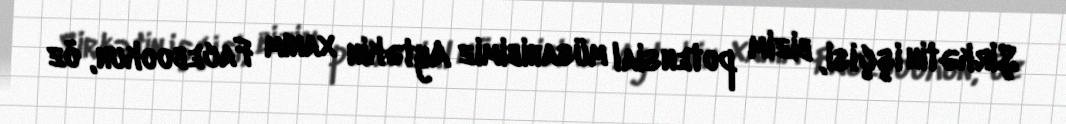
Şirkətin işçisi, bizim potensial müsahibimiz Aytəkin xanım Facebookun, öz